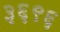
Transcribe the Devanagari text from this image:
३६९६